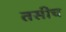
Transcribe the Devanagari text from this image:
तसीच